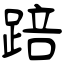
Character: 踣